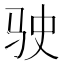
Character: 驶